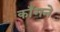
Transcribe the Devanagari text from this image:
काँगने